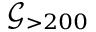
\mathscr { G } _ { > 2 0 0 }